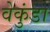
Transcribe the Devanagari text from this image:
वेकुंडा